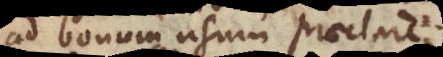
ad bonum usum praeclare